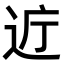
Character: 𫐤